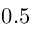
0 . 5